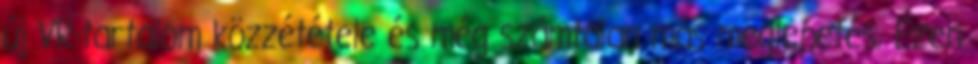
új VR-tartalom közzététele és még számtalan más meglepetés. Ezen